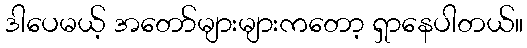
ဒါပေမယ့် အတော်များများကတော့ ရှာနေပါတယ်။